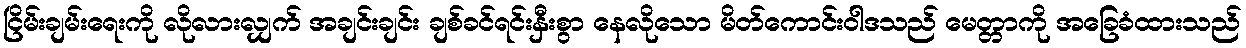
ငြိမ်းချမ်းရေးကို လိုလားလျှက် အချင်းချင်း ချစ်ခင်ရင်းနှီးစွာ နေလိုသော မိတ်ကောင်းဝါဒသည် မေတ္တာကို အခြေခံထားသည်